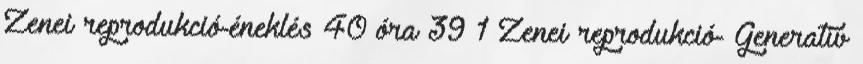
Zenei reprodukció-éneklés 40 óra 39 1 Zenei reprodukció- Generatív